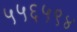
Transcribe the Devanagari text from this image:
५५६५९४